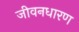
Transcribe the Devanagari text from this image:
जीवनधारण